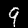
Label: 9